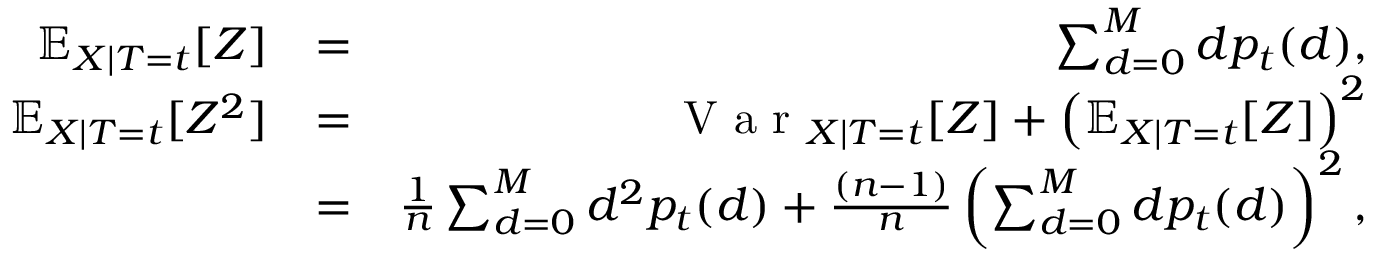
\begin{array} { r l r } { \mathbb { E } _ { X | T = t } [ Z ] } & { = } & { \sum _ { d = 0 } ^ { M } d p _ { t } ( d ) , } \\ { \mathbb { E } _ { X | T = t } [ Z ^ { 2 } ] } & { = } & { \textrm { V a r } _ { X | T = t } [ Z ] + \left( \mathbb { E } _ { X | T = t } [ Z ] \right) ^ { 2 } } \\ & { = } & { \frac { 1 } { n } \sum _ { d = 0 } ^ { M } d ^ { 2 } p _ { t } ( d ) + \frac { ( n - 1 ) } { n } \left( \sum _ { d = 0 } ^ { M } d p _ { t } ( d ) \right) ^ { 2 } , } \end{array}